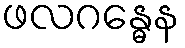
ဖလဂန္ဓေန